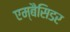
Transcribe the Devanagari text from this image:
एम्बैसिडर